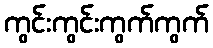
ကွင်းကွင်းကွက်ကွက်